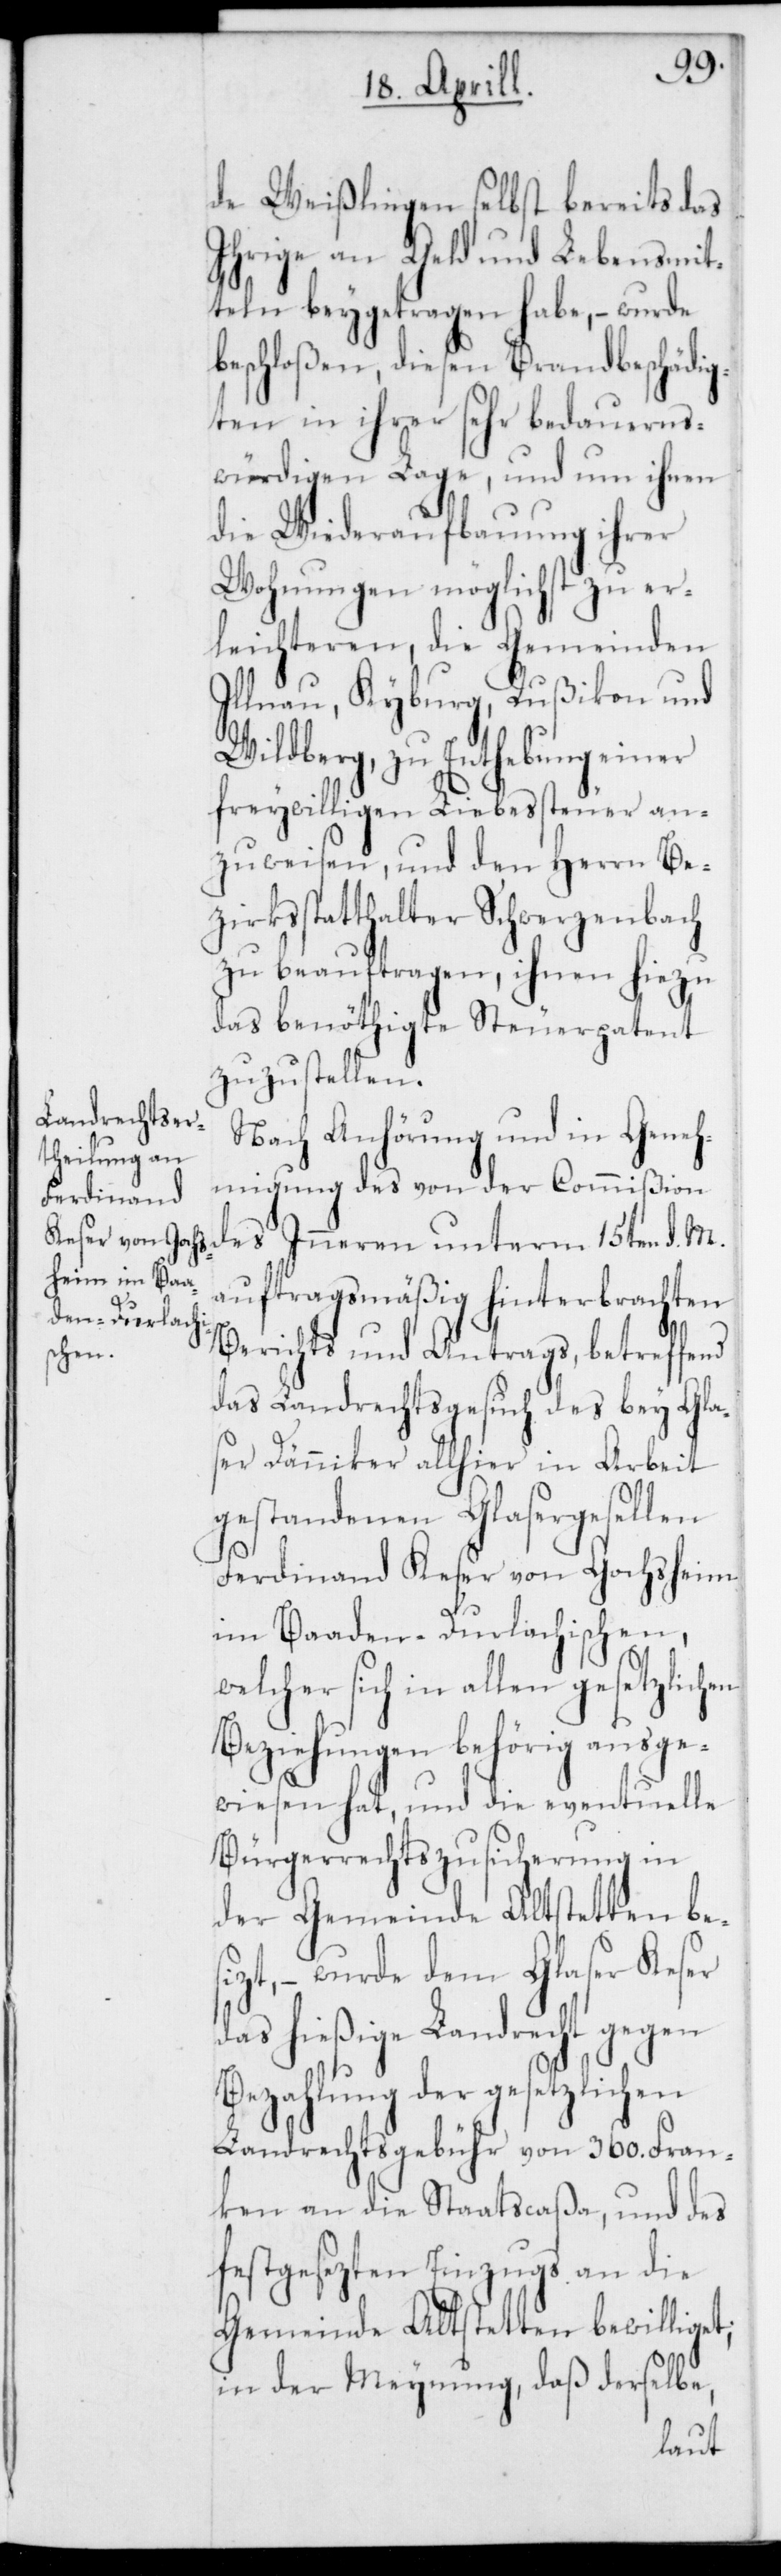
de Weißlingen selbst bereits das
Ihrige an Geld und Lebensmit¬
teln beygetragen habe, – wurde
beschloßen, diesen Brandbeschädig¬
ten in ihrer sehr bedauerns¬
würdigen Lage, und um ihnen
die Wiederaufbauung ihrer
Wohnungen möglichst zu er¬
leichteren, die Gemeinden
Illnau, Kyburg, Rußikon und
Wildberg, zu Enthebung einer
freywilligen Liebessteuer an¬
zuweisen, und den Herrn Be¬
zirksstatthalter Schwerzenbach
zu beauftragen, ihnen hiezu
das benötigte Steuerpatent
zuzustellen.
Nach Anhörung und in Geneh¬
migung des von der Commißion
des Inneren unterm 15ten d. M.
auftragsmäßig hinterbrachten
der
Berichts und Antrags, betreffend
das Landrechtsgesuch des bey Gla¬
ser Dänniker allhier in Arbeit
gestandenen Glasergesellen
Ferdinand Keser von Gochsheim
im Baden-Durlachischen,
welcher sich in allen gesetzlichen
Beziehungen behörig ausge¬
wiesen hat, und die eventuelle
Bürgerrechtszusicherung in
der Gemeinde Altstetten bes¬
izt, – wurde dem Glaser Keser
das hießige Landrecht gegen
Bezahlung der gesetzlichen
Landrechtsgebühr von 360. Fran¬
ken an die Staatscaßa, und des
festgesezten Einzugs an die
Gemeinde Altstetten bewilliget;